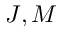
J , M